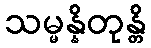
သမ္မန္နိတုန္တိ